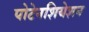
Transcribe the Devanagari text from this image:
पोटेनशियेशन